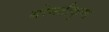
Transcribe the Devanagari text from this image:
गोमतीकुण्ड